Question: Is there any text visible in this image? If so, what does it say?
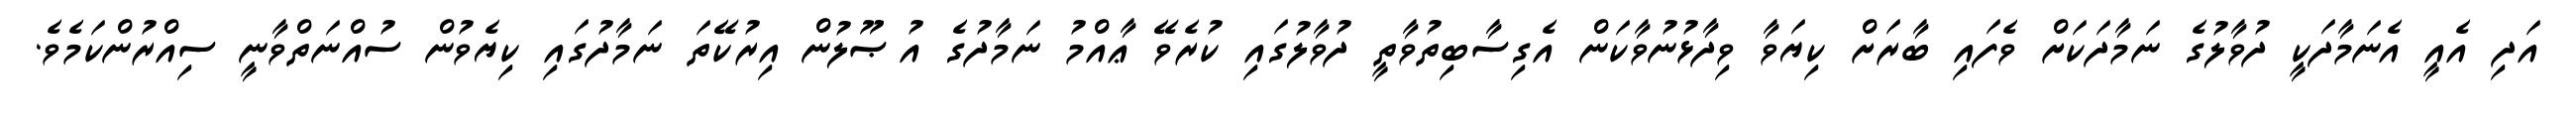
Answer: އަދި އެއީ އެނަމާދަކީ ދުވާލުގެ ނަމާދަކަށް ވެފައި ބާރަށް ކިޔަވާ ވިދާޅުނުވާކަން އެގިސާބިތުވާތީ ދުވާލުގައި ކުރެވޭ ޢާއްމު ނަމާދުގެ އުޞޫލުން އިރުކޭތަ ނަމާދުގައި ކިޔެވުން ސުއްނަތްވާނީ ސިއްރުންކަމެވެ.